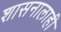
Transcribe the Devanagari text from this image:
शासनालाही